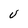
Character: V